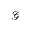
\mathcal { G }